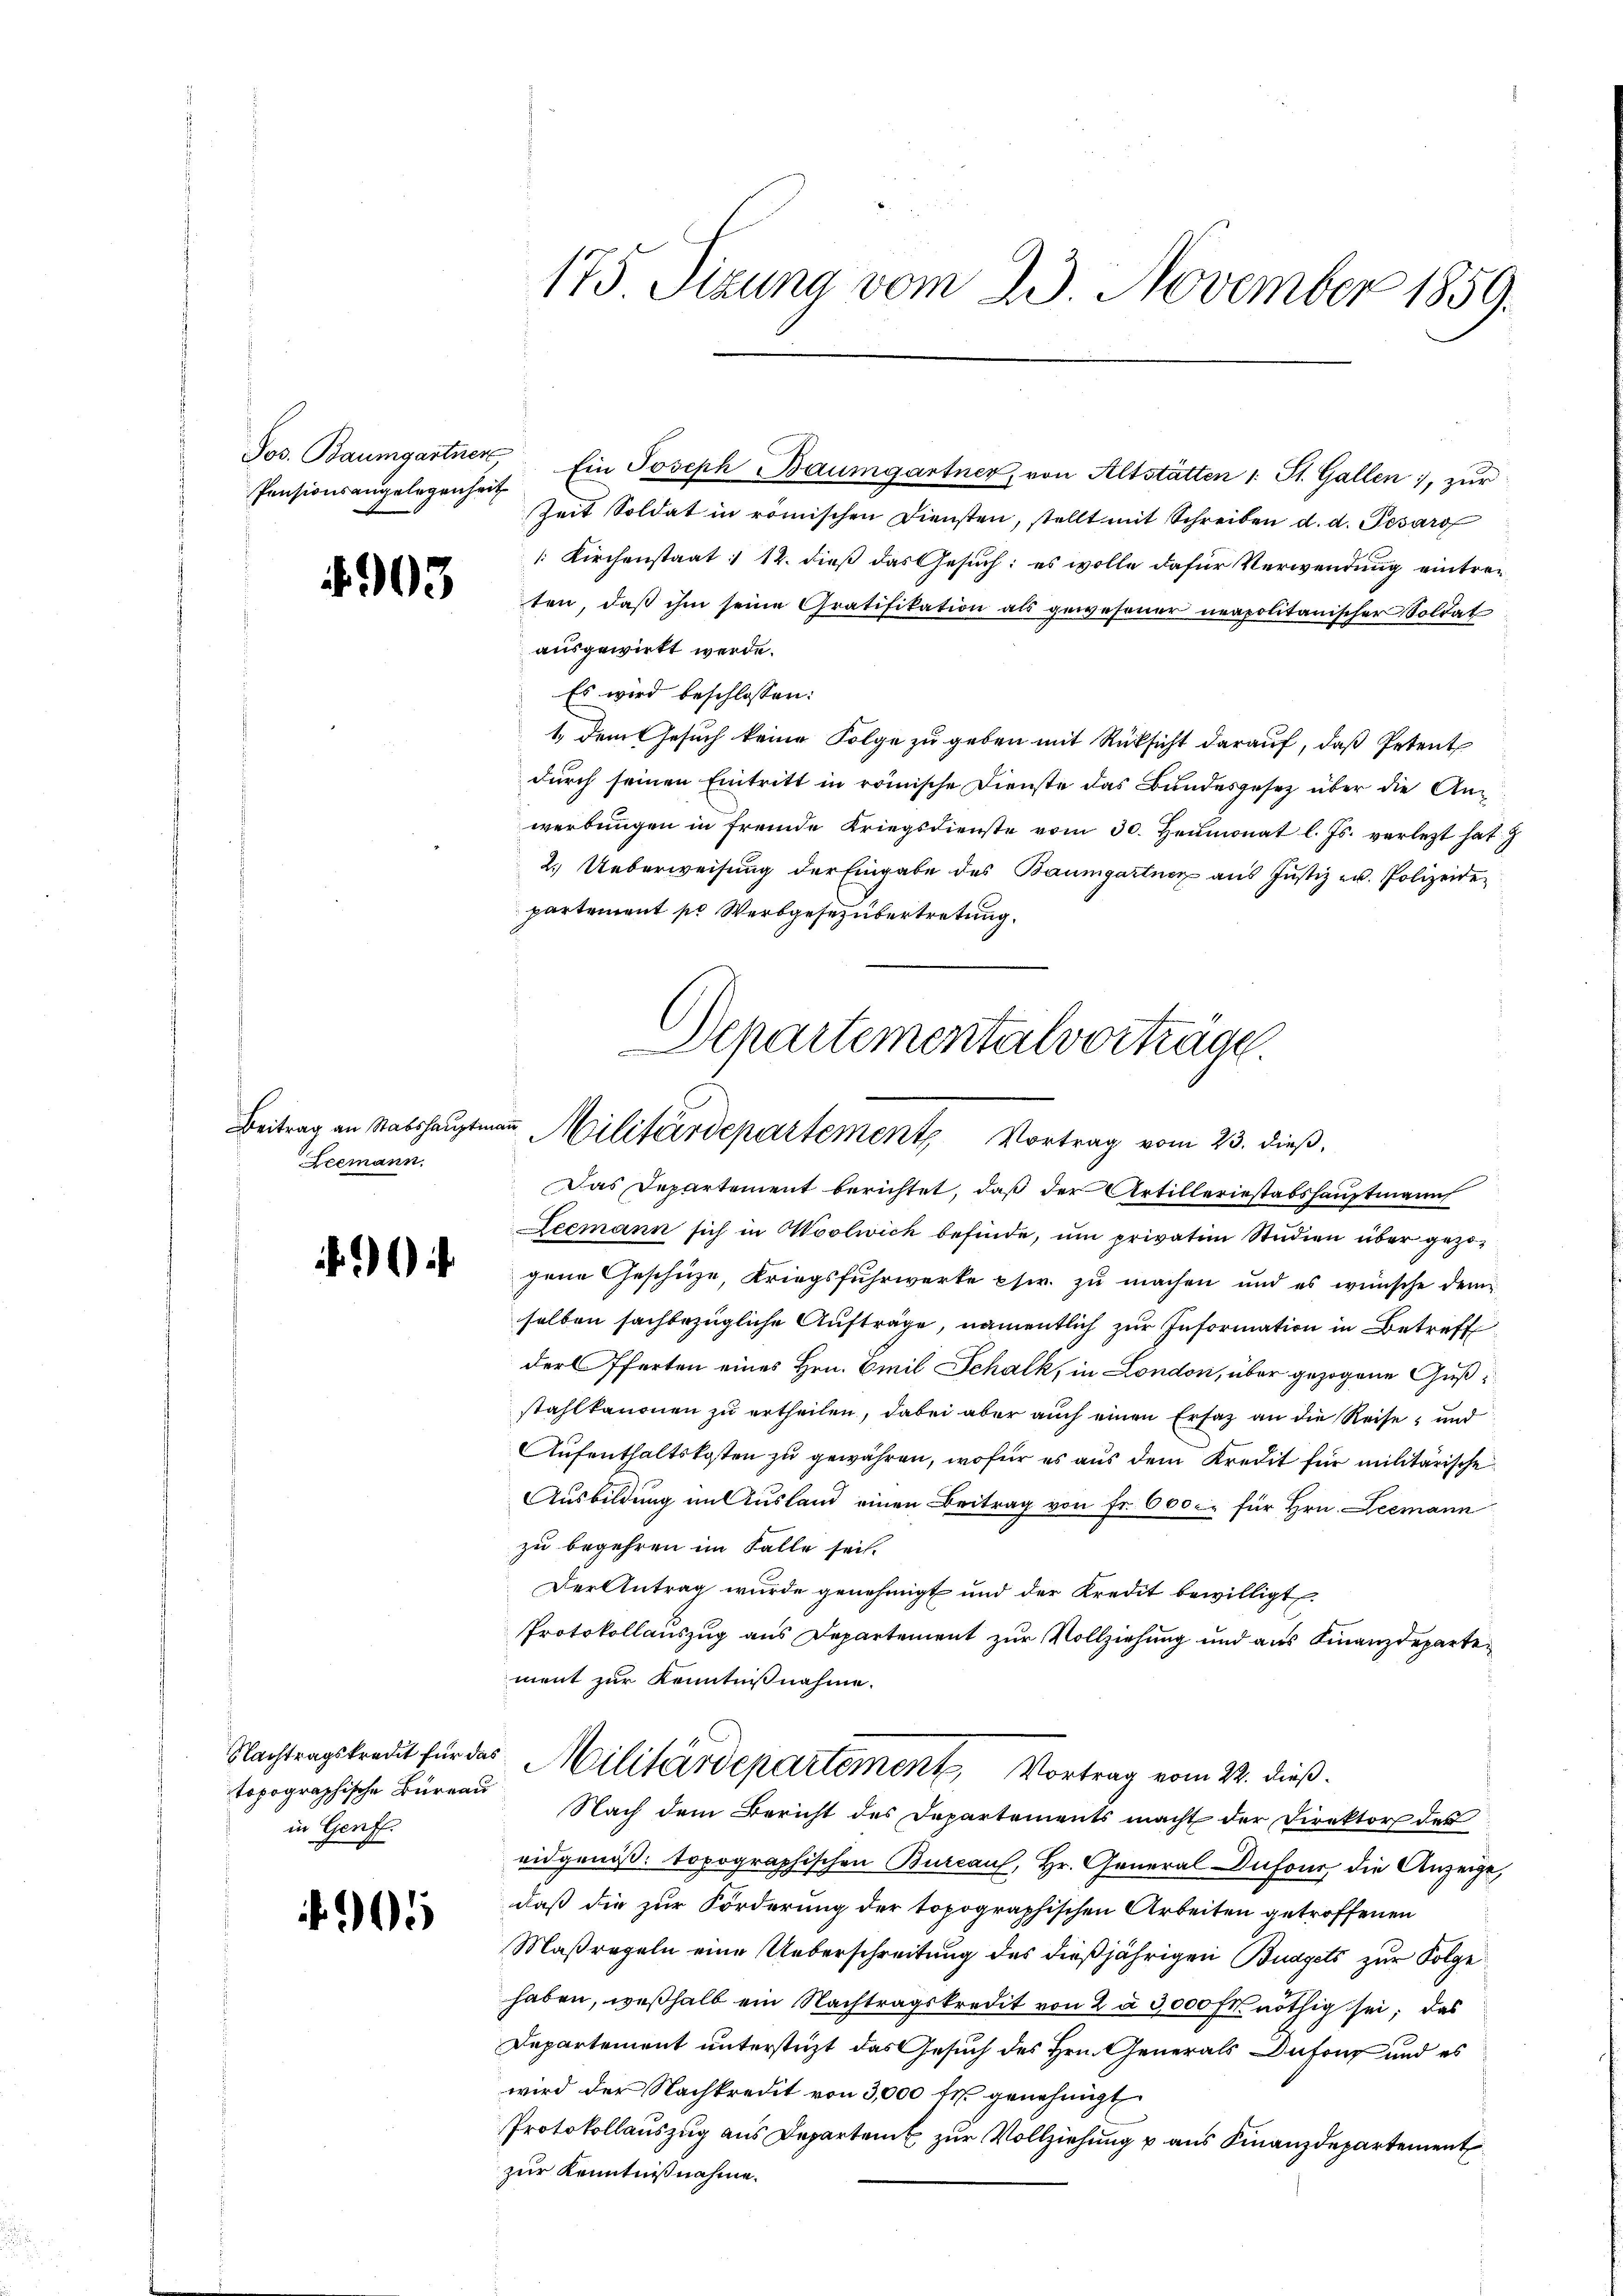
Pensionsangelegenheit

.903

Leemann.

i

Nachtragskredit für das
topographische Büreau
in Genf.

5

175 Sizung vom 23. November 1859.

Jos. Baumgartner Ein Joseph Baumgartner, von Altstätten 1 St. Gallen, zŭr
Zeit Soldat in römischen Diensten, stellt mit Schreiben d. d. Pesáro
: Kirchenstaat : 12. dieß das Gesuch: es wolle dafür Verwendung eintreten, daβ ihm seine Gratifikation als gewesener neapolitanischer Soldat
ausgewirkt werde.
Es wird beschlossen:
1., dem Gesuch keine Folge zu geben mit Rüksicht darauf, daß Petent
durch seinen Eintritt in römische Dienste das Bundesgesetz über die Anwerbŭngen in fremde Kriegsdienste vom 30. Heumonat l. Js. verletzt hat
2. Ueberweisung der Eingabe des Baumgartner aus Justiz u. Polizeide
partement pr Werbgesezübertretung.
Das Departement berichtet, daß der Artilleriestabshauptmann
Leemann sich in Woolwich befinde, um privatim Studien über gezogene Geschüze, Kriegsfuhrwerke phir. zu machen und es wünsche dem
selben sachbezügliche Aufträge, namentlich zur Information in Betreff
derferten eines Hrn. Emil Schalk, in London, über gezogene Gußstahlkanonen zu ertheilen, dabei aber auch einen Ersatz an die Reise, und
Aufenthaltskosten zu gewähren, wofür es aus dem Kredit für militärische
Ausbildung im Ausland einen Beitrag von fr. 600 c. für Hrn. Leemann
zu begehren im Falle sei.
Der Antrag wurde genehmigt und der Kredit bewilligt.
Protokollauszug aus Departement zur Vollziehung und aus Finanzdepartement zur Kenntnißnahme.
Militärdepartement, Vortrag vom 22. dieß.
Nach dem Bericht des Departements macht der Direktor des
eidgenöß: topographischen Burcaul, Hr. General Dufour, die Anzeige,
daß die zur Förderung der topographischen Arbeiten getroffenen
Maßregeln eine Ueberschreitung des dießjährigen Budgets zur Folge
haben, weßhalb ein Nachtragskredit von 2 à 3,000 Fr nöthig sei; das
Departement unterstüzt das Gesuch des Hrn. Generals Dufong und es
wird der Nachkredit von 3,000 fr. genehmigt
Protokollauszug aus Departent zur Vollziehung u aus Finanzdepartement
zur Kenntnißnahme.

Departementalvorträge.
Beitrag an Stabshauptmann Militärdepartement Vortrag vom 23. dieß,